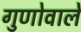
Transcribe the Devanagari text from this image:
गुणोवाले